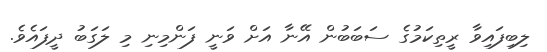
ލިބިފައިވާ ރީތިކަމުގެ ސަބަބުން އޭނާ އަށް ވަނީ ފަންމިނި މި ލަގަބު ދީފައެވެ.